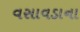
વસાવડાના